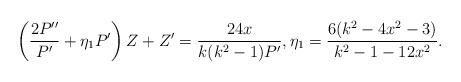
LaTeX: \begin{align*} \left( \frac{2P''}{P'} + \eta_1 P' \right) Z + Z' = \frac{24x }{k(k^2-1) P' } , \eta_1 = \frac{6(k^2-4x^2-3) }{k^2-1-12x^2}.\end{align*}